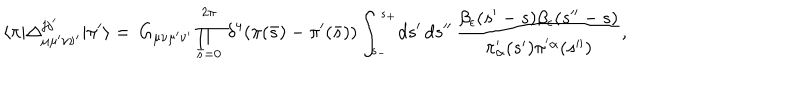
LaTeX: \langle \pi | \Delta _ { \mu \mu ^ { \prime } \nu \nu ^ { \prime } } ^ { j j ^ { \prime } } | \pi ^ { \prime } \rangle = \, G _ { \mu \nu \mu ^ { \prime } \nu ^ { \prime } } \prod _ { \bar { s } = 0 } ^ { 2 \pi } \, \delta ^ { 4 } ( \pi ( \bar { s } ) - \pi ^ { \prime } ( \bar { s } ) ) \int _ { s _ { - } } ^ { s _ { + } } \! d s ^ { \prime } \, d s ^ { \prime \prime } \, { \frac { \beta _ { \epsilon } ( s ^ { \prime } - s ) \beta _ { \epsilon } ( s ^ { \prime \prime } - s ) } { \pi _ { \alpha } ^ { \prime } ( s ^ { \prime } ) \pi ^ { ' \alpha } ( s ^ { \prime \prime } ) } } ,